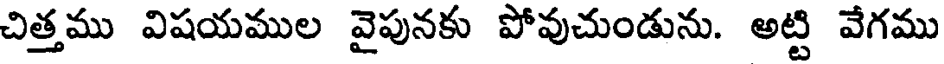
చిత్తము విషయముల వైపునకు పోవుచుండును. అట్టి వేగము